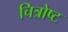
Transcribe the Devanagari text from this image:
चित्रोष्ट